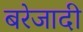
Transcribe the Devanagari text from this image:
बरेजादी